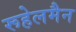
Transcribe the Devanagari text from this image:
रूहेलमैन